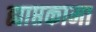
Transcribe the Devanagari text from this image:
ह्याप्तकामा